Papers set at the Examination for Leaving Certificates, 1895
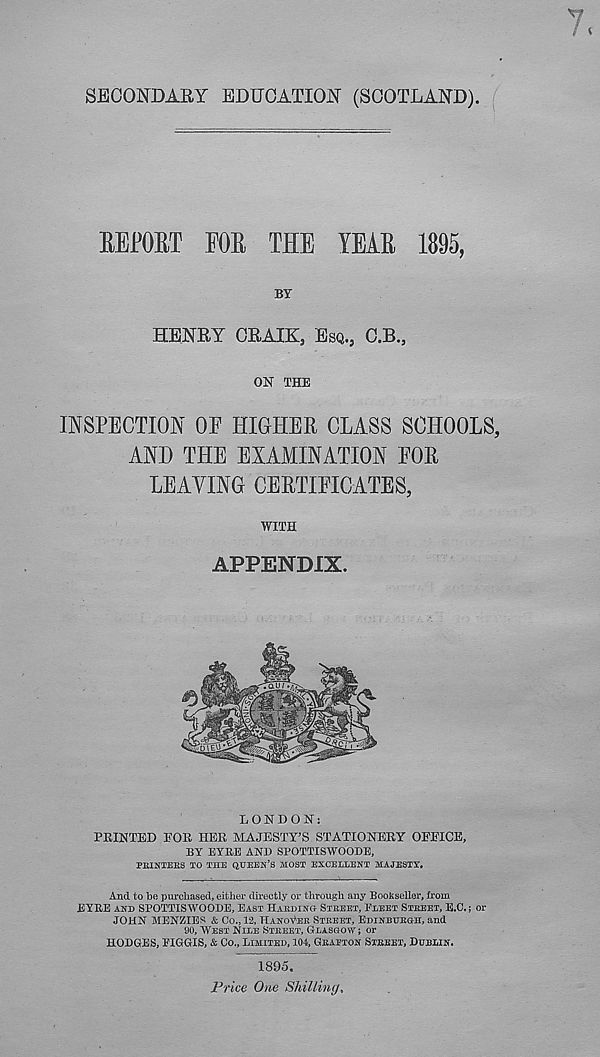
SECONDARY EDUCATION (SCOTLAND).
BEJPORT FOR THE YEAR 1895,
BY
HENRY CRAIK, ESQ., C.B.,
ON THE
INSPECTION OE HIGHER CLASS SCHOOLS,
AND THE EXAMINATION FOR
LEAVING CERTIFICATES,
WITH
APPENDIX.
LONDON:
PRINTED EOS. HER MAJESTY’S STATIONERY OliTTCE,
BY EYRE AND SPOTTISWOODE,
PEINTEES TO THE QUEEN’S MOST EXCELLENT MAJESTY,
And to be purchased, either directly or through any BooKseller, from
J3YRE AND SPOTTISWOODE, EAST HAKDINO STEEET, PLEET STKEET, E.C.; or
JOHN MENZIES & Co., 12, HANOYEK STREET, EDiNBUEan, and
00, WEST NILE STEEET, GLASGOW; or
HODGES, EIGGIS, & Co., LIMITED, 104, GEAETON STEEET, DUBLIN.
1895.
Price One Shilling,